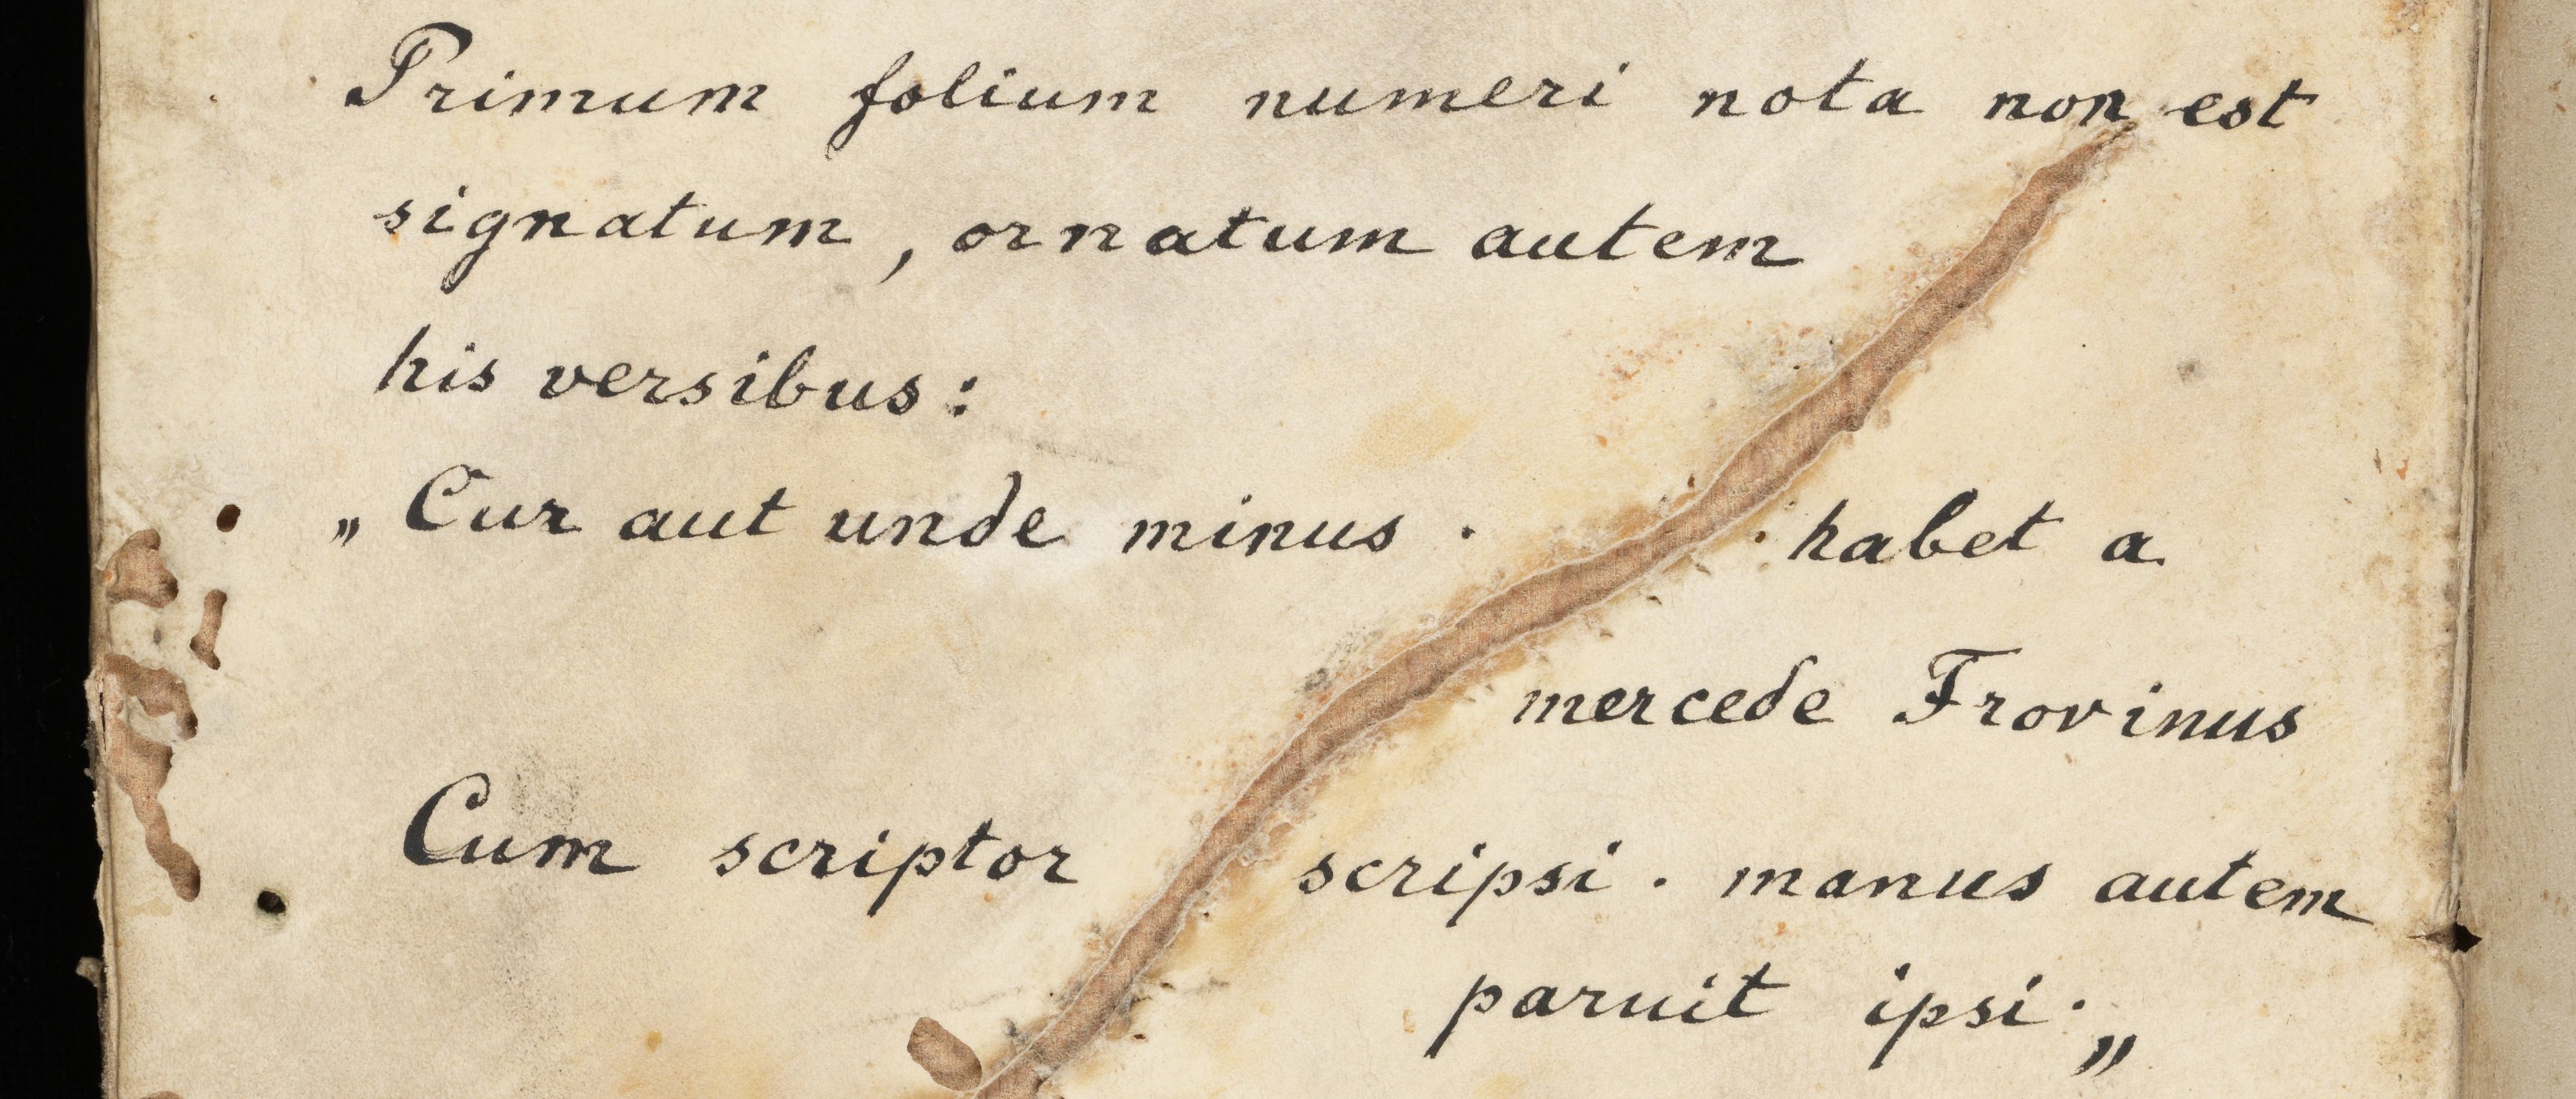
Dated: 1100–1199